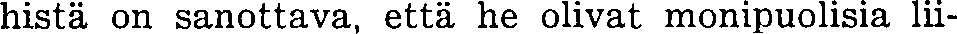
histä on sanottava, että he olivat monipuolisia lii-